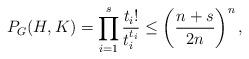
LaTeX: \begin{align*} P_G(H,K) = \prod_{i = 1}^s \frac{t_i!}{t_i^{t_i}} \leq \left(\frac{n+s}{2n}\right)^n, \end{align*}